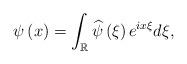
LaTeX: \begin{align*}\psi\left( x\right) =\int_{\mathbb{R}}\widehat{\psi}\left( \xi\right)e^{ix\xi}d\xi, \end{align*}